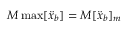
M \operatorname* { m a x } [ \ddot { x } _ { b } ] = M [ \ddot { x } _ { b } ] _ { m }